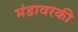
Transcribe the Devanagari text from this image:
मंडावरकी